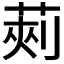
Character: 𮏯